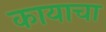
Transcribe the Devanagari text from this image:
कायाचा